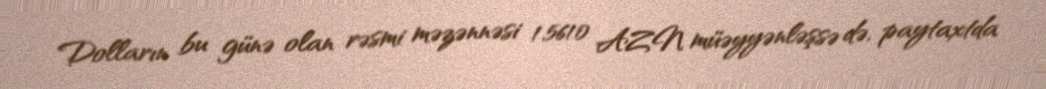
Dolların bu günə olan rəsmi məzənnəsi 1.5610 AZN müəyyənləşsə də, paytaxtda